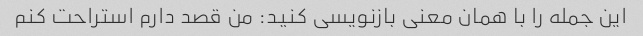
این جمله را با همان معنی بازنویسی کنید: من قصد دارم استراحت کنم